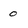
Character: 0